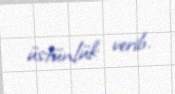
üstünlük verib.